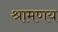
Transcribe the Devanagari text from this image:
श्रामणय